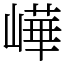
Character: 㠏